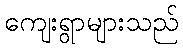
ကျေးရွာများသည်